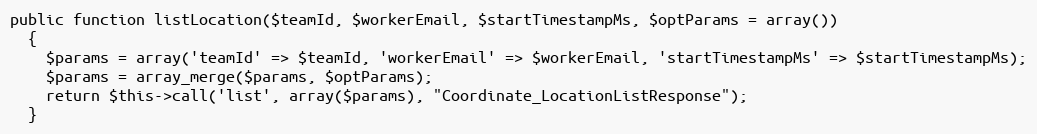
Language: PHP
public function listLocation($teamId, $workerEmail, $startTimestampMs, $optParams = array())
  {
    $params = array('teamId' => $teamId, 'workerEmail' => $workerEmail, 'startTimestampMs' => $startTimestampMs);
    $params = array_merge($params, $optParams);
    return $this->call('list', array($params), "Coordinate_LocationListResponse");
  }